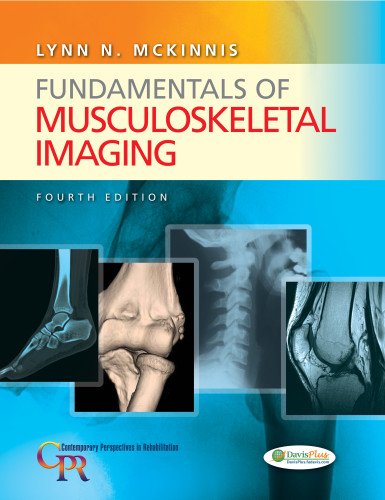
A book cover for Fundamentals of Musculoskeletal Imaging (Contemporary Perspectives in Rehabilitation); Lynn N. McKinnis PT  OCS; Engineering & Transportation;